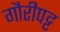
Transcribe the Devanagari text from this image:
गौरीपट्ट